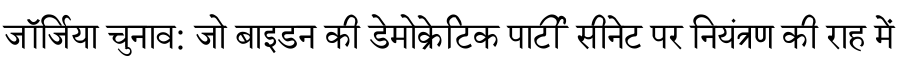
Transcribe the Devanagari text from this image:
जॉर्जिया चुनाव: जो बाइडन की डेमोक्रेटिक पार्टी सीनेट पर नियंत्रण की राह में